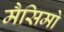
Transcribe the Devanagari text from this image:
मैसिमो